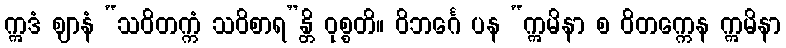
ဣဒံ ဈာနံ “သဝိတက္ကံ သဝိစာရ”န္တိ ဝုစ္စတိ။ ဝိဘင်္ဂေ ပန “ဣမိနာ စ ဝိတက္ကေန ဣမိနာ